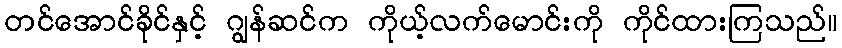
တင်အောင်ခိုင်နှင့် ဂျွန်ဆင်က ကိုယ့်လက်မောင်းကို ကိုင်ထားကြသည်။